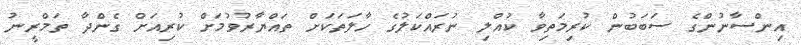
އިންސާނުންގެ ސަބަބުން ކުރިމަތިވާ ކުއްލި ނުރައްކަލުގެ ހާލަތަކަށް ތައްޔާރުވުމަށް ކުރިއަށް ގެންދާ ތަމްރީނު